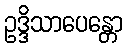
ဥဒ္ဒိသာပေန္တော